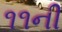
૧૧ની